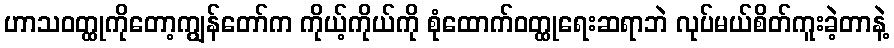
ဟာသဝတ္ထုကိုတော့ကျွန်တော်က ကိုယ့်ကိုယ်ကို စုံထောက်ဝတ္ထုရေးဆရာဘဲ လုပ်မယ်စိတ်ကူးခဲ့တာနဲ့